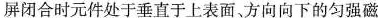
屏闭合时元件处于垂直于上表面方向向下的匀强磁